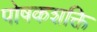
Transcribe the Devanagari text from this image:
पोषकशक्ति